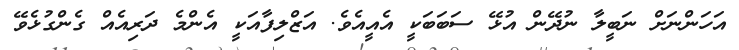
އަހަންނަށް ނަބީލާ ނުދޭން އުޅޭ ސަބަބަކީ އެއީއެވެ. އަޒްލިފާއަކީ އެންމެ ދަރިއެއް ގެންގުޅެވޭ